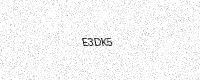
Text: E3DK5